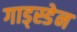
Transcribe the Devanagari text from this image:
गाड्स्डेन